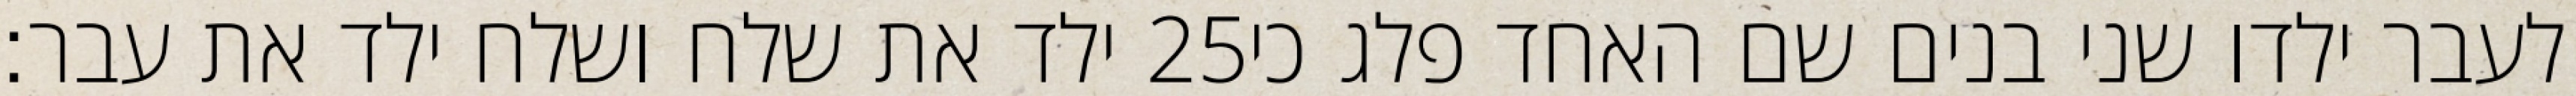
ילד את שלח ושלח ילד את עבר׃ ‎25‏ לעבר ילדו שני בנים שם האחד פלג כי